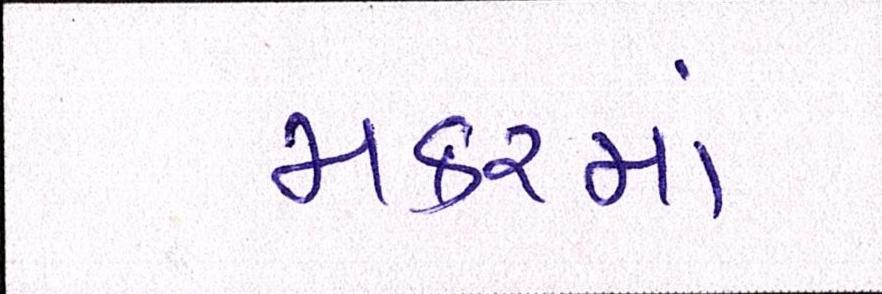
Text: મકરમાં